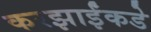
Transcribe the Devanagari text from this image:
करझाईंकडे